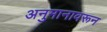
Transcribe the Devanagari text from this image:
अनुमानावरून